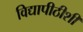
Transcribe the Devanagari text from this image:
विद्यापीठीशी